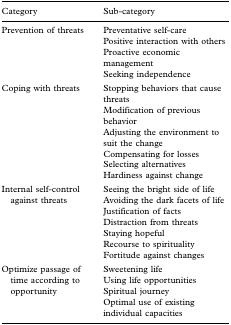
<table><thead><tr><td><b>Category</b></td><td><b>Sub-category</b></td></tr></thead><tbody><tr><td>Prevention of threats</td><td>Preventative self-care</td></tr><tr><td></td><td>Positive interaction with others</td></tr><tr><td></td><td>Proactive economic management</td></tr><tr><td></td><td>Seeking independence</td></tr><tr><td>Coping with threats</td><td>Stopping behaviors that cause threats</td></tr><tr><td></td><td>Modification of previous behavior</td></tr><tr><td></td><td>Adjusting the environment to suit the change</td></tr><tr><td></td><td>Compensating for losses</td></tr><tr><td></td><td>Selecting alternatives</td></tr><tr><td></td><td>Hardiness against change</td></tr><tr><td>Internal self-control</td><td>Seeing the bright side of life</td></tr><tr><td> against threats</td><td>Avoiding the dark facets of life</td></tr><tr><td></td><td>Justification of facts</td></tr><tr><td></td><td>Distraction from threats</td></tr><tr><td></td><td>Staying hopeful</td></tr><tr><td></td><td>Recourse to spirituality</td></tr><tr><td></td><td>Fortitude against changes</td></tr><tr><td>Optimize passage of</td><td>Sweetening life</td></tr><tr><td> time according to</td><td>Using life opportunities</td></tr><tr><td> opportunity</td><td>Spiritual journey</td></tr><tr><td></td><td>Optimal use of existing individual capacities</td></tr></tbody></table>